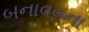
બનાવવના